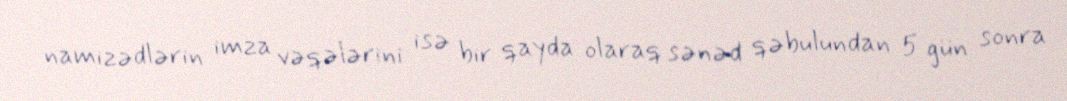
namizədlərin imza vəqələrini isə bir qayda olaraq sənəd qəbulundan 5 gün sonra